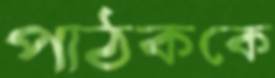
পাঠককে